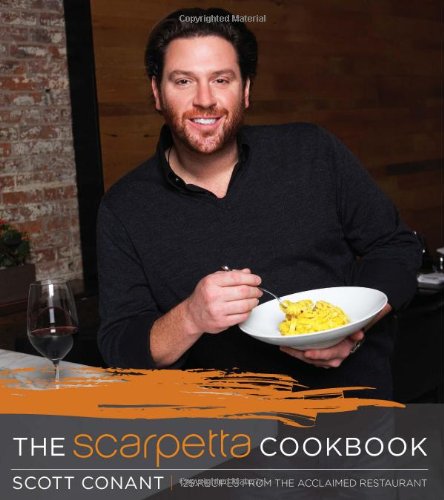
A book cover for The Scarpetta Cookbook; Scott Conant; Cookbooks, Food & Wine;